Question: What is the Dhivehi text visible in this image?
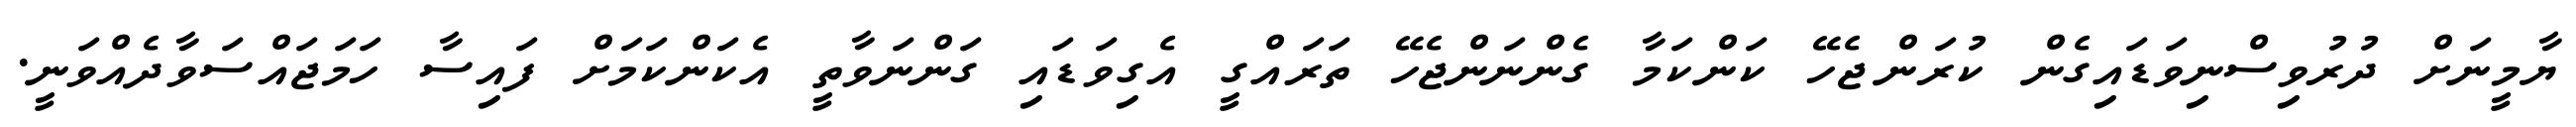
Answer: ޔާމީނަށް ދުރުވިސްނިވަޑައިގެން ކުރަންޖެހޭ ކަންކަމާ ގެންނަންޖެހޭ ތަރައްގީ އެގިވަޑައި ގަންނަވާތީ އެކަންކަމަށް ފައިސާ ހަމަޖައްސަވާދެއްވަނީ.